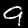
Label: 9